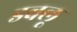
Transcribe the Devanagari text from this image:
डबलू